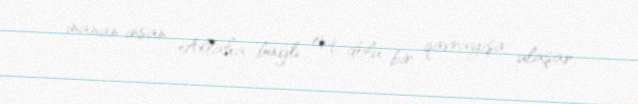
inanan insan Allaha bağlı eşq dolu bir qavrayışa ulaşar.